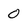
Character: 0